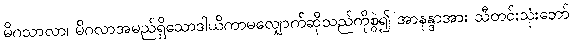
မိဂသာလာ၊ မိဂလာအမည်ရှိသောဒါယိကာမလျှောက်ဆိုသည်ကိုစွဲ၍ အာနန္ဒာအား သီတင်းသုံးဘော်